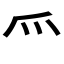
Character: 𱬴